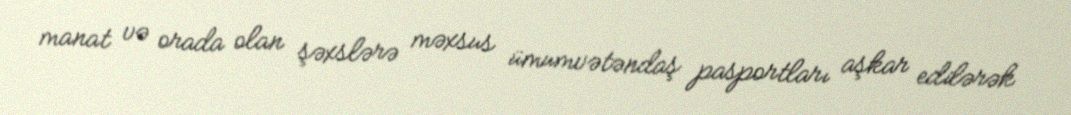
manat və orada olan şəxslərə məxsus ümumvətəndaş pasportları aşkar edilərək